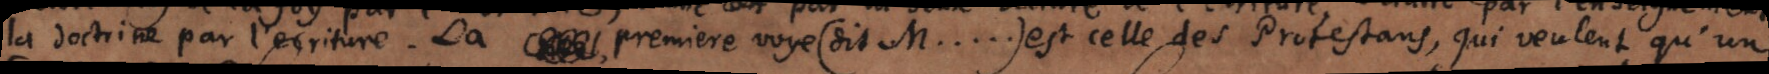
la doctrine par l’ecriture. La premiere voye (dit M. . . . .) est celle des Protestans, qui veulent qu’un